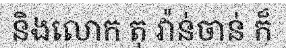
និងលោក តុ វ៉ាន់ចាន់ ក៏